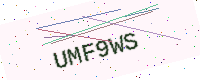
Text: UMF9WS